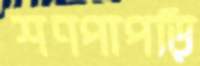
শণপাপড়ি